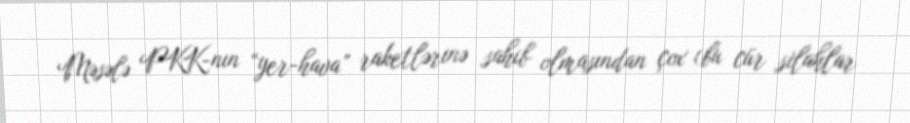
Məsələ PKK-nın “yer-hava” raketlərinə sahib olmasından çox (bu cür silahlar